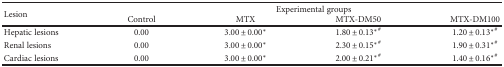
<table><thead><tr><td rowspan="2"><b>Lesion</b></td><td colspan="4"><b>Experimental groups</b></td></tr><tr><td><b>Control</b></td><td><b>MTX</b></td><td><b>MTX-DM50</b></td><td><b>MTX-DM100</b></td></tr></thead><tbody><tr><td>Hepatic lesions</td><td>0.00</td><td>3.00 ± 0.00<sup>∗</sup></td><td>1.80 ± 0.13<sup>∗</sup><sup>#</sup></td><td>1.20 ± 0.13<sup>∗</sup><sup>#</sup></td></tr><tr><td>Renal lesions</td><td>0.00</td><td>3.00 ± 0.00<sup>∗</sup></td><td>2.30 ± 0.15<sup>∗</sup><sup>#</sup></td><td>1.90 ± 0.31<sup>∗</sup><sup>#</sup></td></tr><tr><td>Cardiac lesions</td><td>0.00</td><td>3.00 ± 0.00<sup>∗</sup></td><td>2.00 ± 0.21<sup>∗</sup><sup>#</sup></td><td>1.40 ± 0.16<sup>∗</sup><sup>#</sup></td></tr></tbody></table>